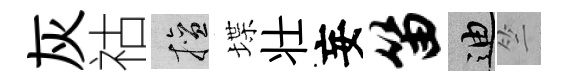
灰祜擅堞壮妄笛迪竺